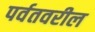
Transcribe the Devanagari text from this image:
पर्वतवरील